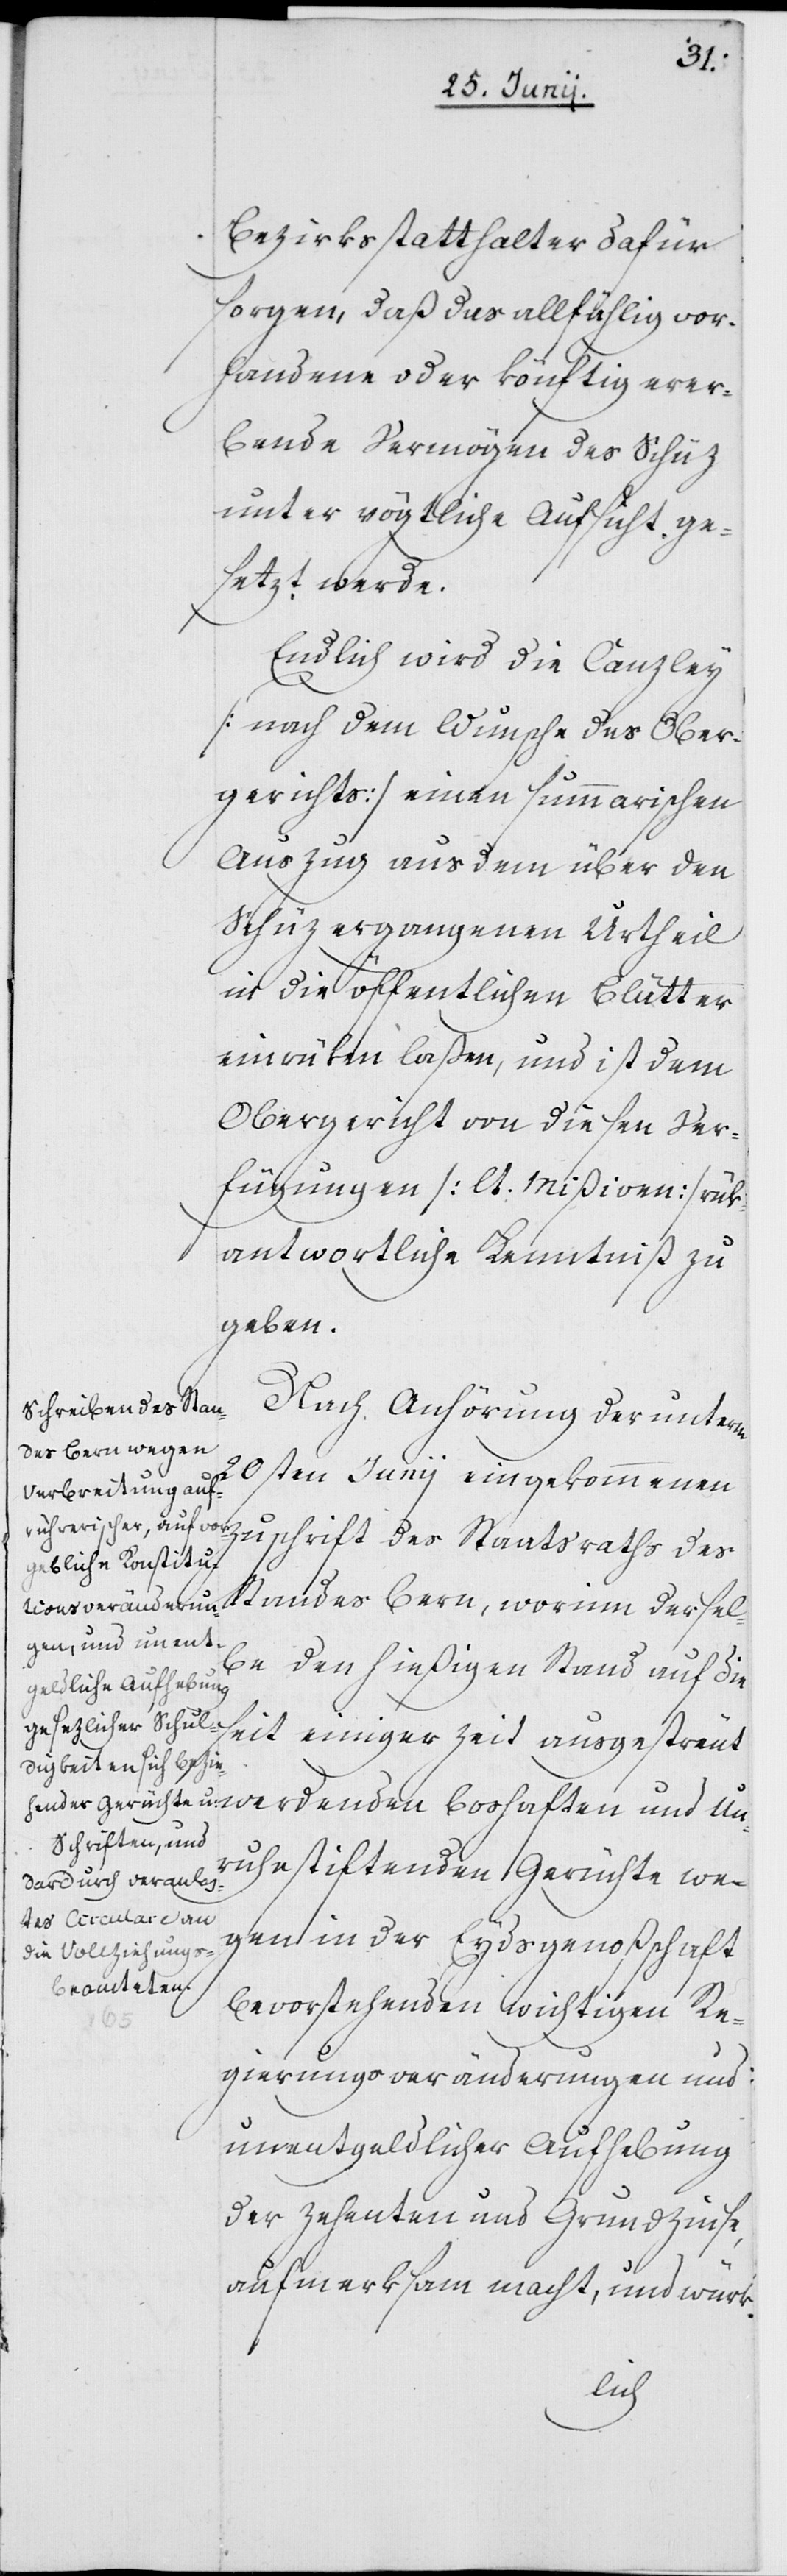
Bezirksstatthalter dafür
sorgen, daß das allfählig vor¬
handene oder könftig erer¬
bende Vermögen des Schüz
unter vögtliche Aufsicht ge¬
setzt werde.
Endlich wird die Canzley
[nach dem Wunsche des Ober¬
gerichts] einen summarischen
Auszug aus dem über den
Schüz ergangenen Urtheil
in die öffentlichen Blätter
einrüken laßen, und ist dem
Obergericht von diesen Ver¬
fügungen [lt. Mißiven] rük¬
antwortliche Kenntniß zu
geben.
Nach Anhörung der unterm
20sten Junii eingekommenen
Zuschrift des Staatsraths des
Standes Bern, worinn dersel¬
be den hießigen Stand auf die
seit einiger Zeit ausgestreut
boshaften und
Unruhe stiftenden Gerüchte we¬
gen in der Eydsgenoßschaft
werdenden
bevorstehenden wichtigen Re¬
gierungsveränderungen und
unentgeldlicher Aufhebung
der Zehenten und Grundzinse,
aufmerksam macht, und würk-